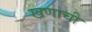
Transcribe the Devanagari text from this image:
खणाची